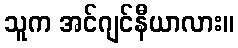
သူက အင်ဂျင်နီယာလား။